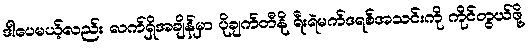
ဒါပေမယ့်လည်း လက်ရှိအချိန်မှာ ပိုချက်တီနို ရီးရဲမက်ဒရစ်အသင်းကို ကိုင်တွယ်ဖို့